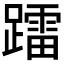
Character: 𨆢